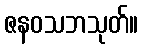
ဇနဝသဘသုတ်။